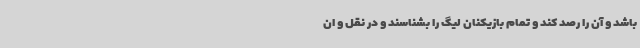
باشد و آن را رصد کند و تمام بازیکنان لیگ را بشناسند و در نقل و ان